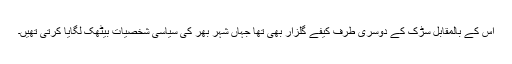
اس کے بالمقابل سڑک کے دوسری طرف کیفے گلزار بھی تھا جہاں شہر بھر کی سیاسی شخصیات بیٹھک لگایا کرتی تھیں۔